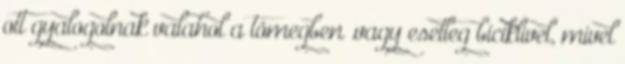
ott gyalogolnak valahol a tömegben .vagy esetleg biciklivel, mivel